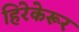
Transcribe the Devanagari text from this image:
हिरेकेरूर